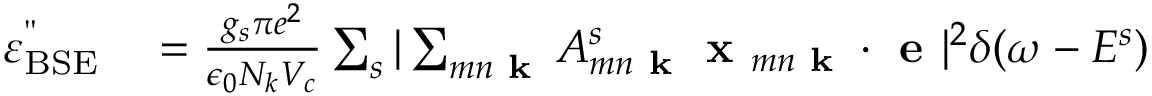
\begin{array} { r l } { \varepsilon _ { \mathrm { B S E } } ^ { " } } & { { } = \frac { g _ { s } \pi e ^ { 2 } } { \epsilon _ { 0 } N _ { k } V _ { c } } \sum _ { s } | \sum _ { m n \textbf { k } } A _ { m n \textbf { k } } ^ { s } \textbf { x } _ { m n \textbf { k } } \cdot \textbf { e } | ^ { 2 } \delta ( \omega - E ^ { s } ) } \end{array}